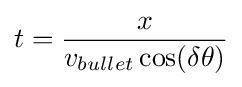
t={\frac {x}{v_{bullet}\cos(\delta \theta )}}